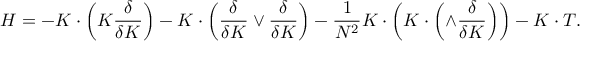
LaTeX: { \cal H } = - K \cdot \left( { \cal K } \frac { \delta } { \delta K } \right) - K \cdot \left( \frac { \delta } { \delta K } \vee \frac { \delta } { \delta K } \right) - \frac { 1 } { N ^ { 2 } } K \cdot \left( K \cdot \left( \wedge \frac { \delta } { \delta K } \right) \right) - K \cdot T .